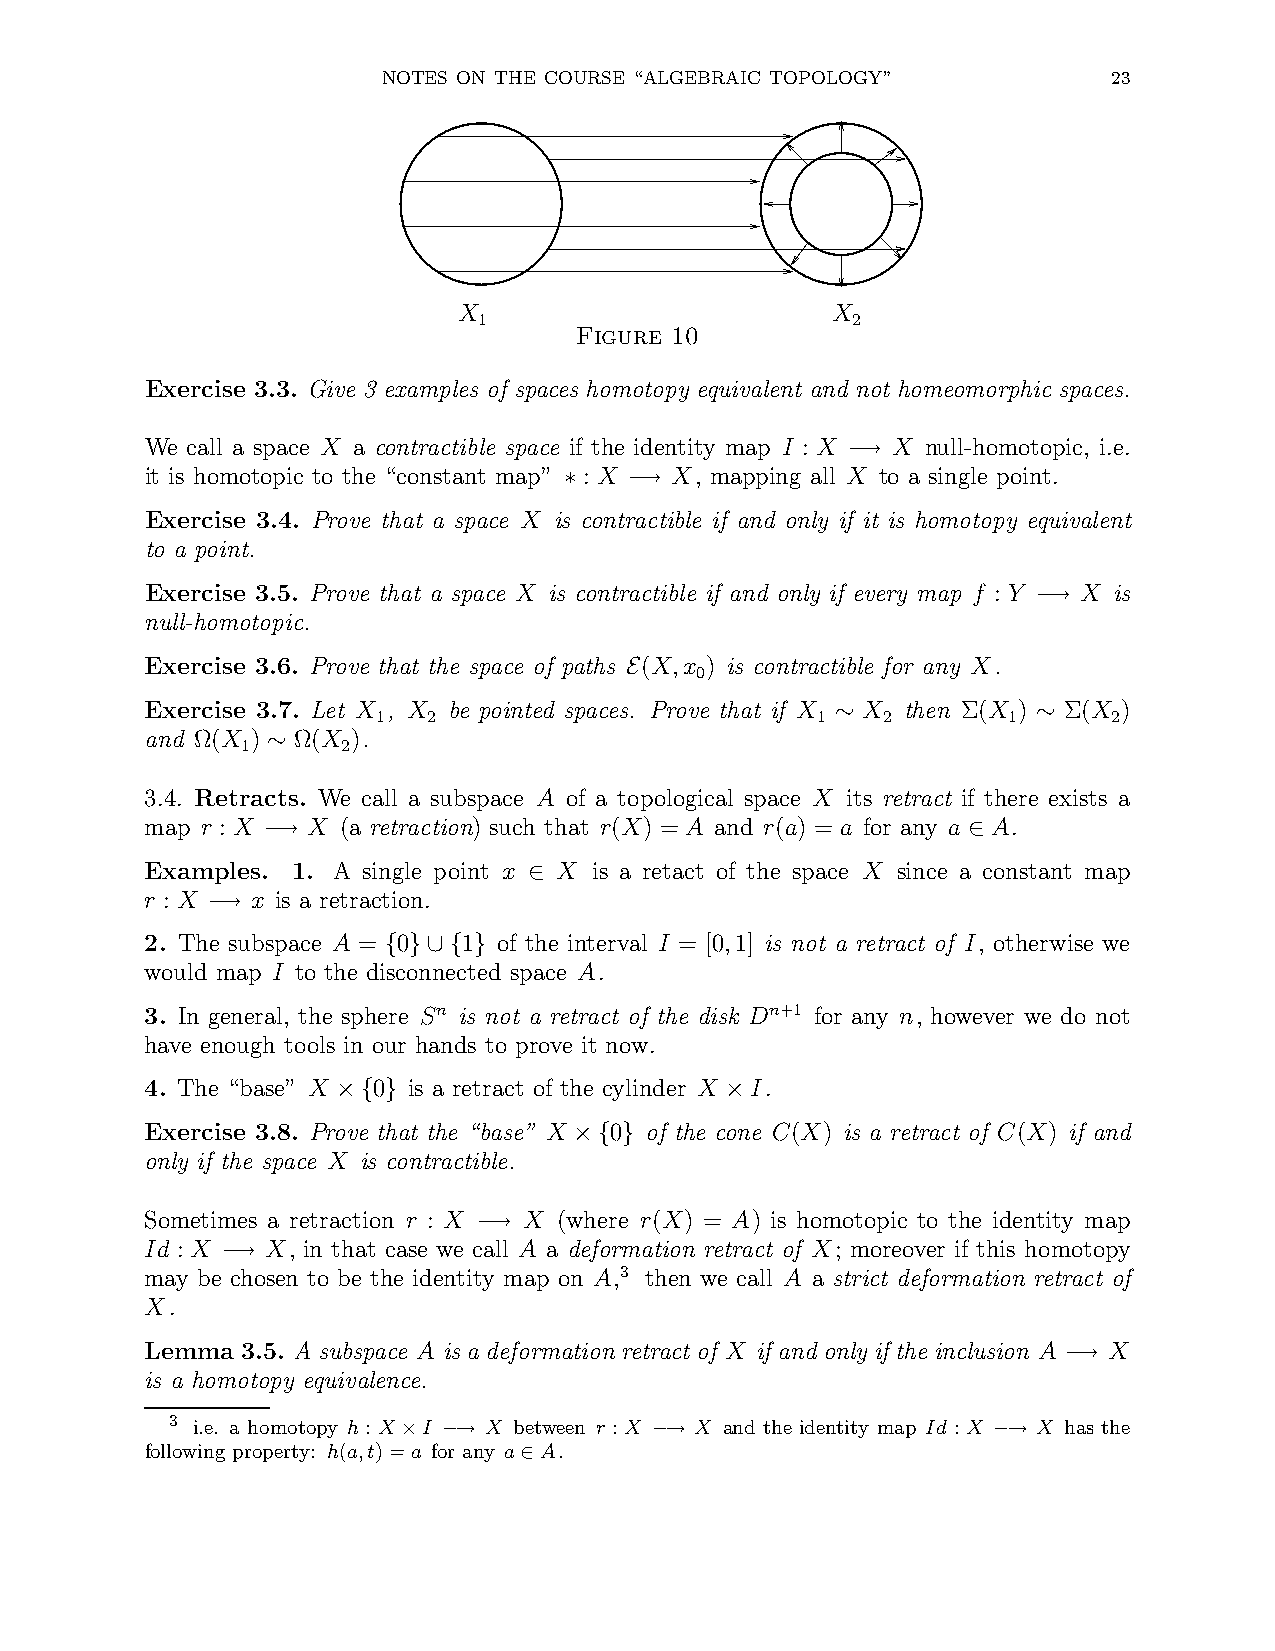
NOTES ON THE COURSE “ALGEBRAIC TOPOLOGY”         23
 X                        X
 1                       2
 Figure 10
 Exercise 3.3. Give 3 examples of spaces homotopy equivalent and not homeomorphic spaces.
 We call a space X a contractible space if the identity map I : X X null-homotopic, i.e.
 −→
 it is homotopic to the “constant map” : X X, mapping all X to a single point.
 ∗    −→
 Exercise 3.4. Prove that a space X is contractible if and only if it is homotopy equivalent
 to a point.
 Exercise 3.5. Prove that a space X is contractible if and only if every map f : Y X is
 −→
 null-homotopic.
 Exercise 3.6. Prove that the space of paths (X,x ) is contractible for any X.
 0
 E
 Exercise 3.7. Let X , X be pointed spaces. Prove that if X X then Σ(X ) Σ(X )
 1  2                         1   2        1      2
 ∼             ∼
 and Ω(X ) Ω(X ).
 1      2
 ∼
 3.4. Retracts. We call a subspace A of a topological space X its retract if there exists a
 map r : X X (a retraction) such that r(X) = A and r(a) = a for any a A.
 −→                                             ∈
 Examples. 1. A single point x X is a retact of the space X since a constant map
 ∈
 r : X  x is a retraction.
 −→
 2. The subspace A = 0 1 of the interval I = [0,1] is not a retract of I, otherwise we
 { }∪{ }
 would map I to the disconnected space A.
 3. In general, the sphere Sn is not a retract of the disk Dn+1 for any n, however we do not
 have enough tools in our hands to prove it now.
 4. The “base” X 0 is a retract of the cylinder X I.
 ×{  }                     ×
 Exercise 3.8. Prove that the “base” X 0 of the cone C(X) is a retract of C(X) if and
 ×{ }
 only if the space X is contractible.
 Sometimes a retraction r : X X (where r(X) = A) is homotopic to the identity map
 −→
 Id : X  X, in that case we call A a deformation retract of X; moreover if this homotopy
 −→
 may be chosen to be the identity map on A,3 then we call A a strict deformation retract of
 X.
 Lemma 3.5. A subspace A is a deformation retract of X if and only if the inclusion A X
 −→
 is a homotopy equivalence.
 3 i.e. a homotopy h : X I X between r : X X and the identity map Id : X X has the
 × −→            −→                     −→
 following property: h(a,t)=a for any a A.
 ∈